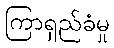
ကြာရှည်ခံမှု